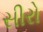
સીરો